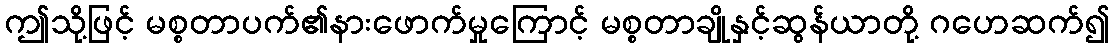
ဤသို့ဖြင့် မစ္စတာပက်၏နားဖောက်မှုကြောင့် မစ္စတာချိုနှင့်ဆွန်ယာတို့ ဂဟေဆက်၍